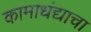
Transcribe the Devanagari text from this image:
कामाधंद्याचा